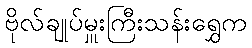
ဗိုလ်ချုပ်မှူးကြီးသန်းရွှေက